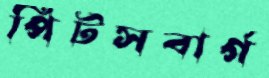
পির্টসবার্গ